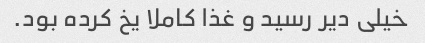
خیلی دیر رسید و غذا کاملا یخ کرده بود.